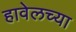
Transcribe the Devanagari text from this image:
हावेलच्या